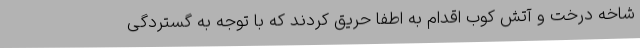
شاخه درخت و آتش کوب اقدام به اطفا حریق کردند که با توجه به گستردگی